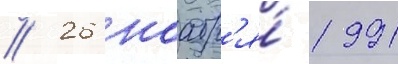
// 26 ноабр'я́ 1991